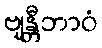
ဗျန္တီဘာဝံ